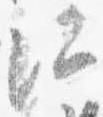
所